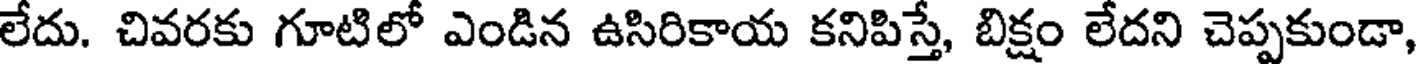
లేదు. చివరకు గూటిలో ఎండిన ఉసిరికాయ కనిపిస్తే, బిక్షం లేదని చెప్పకుండా,